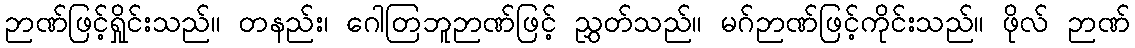
ဉာဏ်ဖြင့်ရှိုင်းသည်။ တနည်း၊ ဂေါတြဘူဉာဏ်ဖြင့် ညွှတ်သည်။ မဂ်ဉာဏ်ဖြင့်ကိုင်းသည်။ ဖိုလ် ဉာဏ်